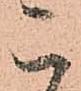
こ